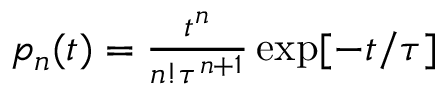
\begin{array} { r } { p _ { n } ( t ) = \frac { t ^ { n } } { n ! \tau ^ { n + 1 } } \exp [ - t / \tau ] } \end{array}